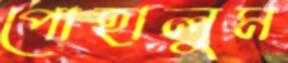
পোহালুম